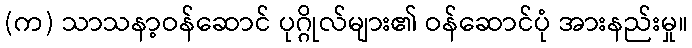
(က) သာသနာ့ဝန်ဆောင် ပုဂ္ဂိုလ်များ၏ ဝန်ဆောင်ပုံ အားနည်းမှု။